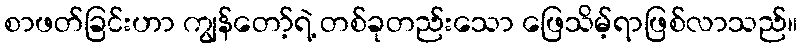
စာဖတ်ခြင်းဟာ ကျွန်တော့်ရဲ့ တစ်ခုတည်းသော ဖြေသိမ့်ရာဖြစ်လာသည်။